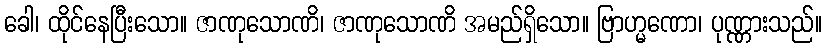
ခေါ၊ ထိုင်နေပြီးသော။ ဇာဏုသောဏိ၊ ဇာဏုသောဏိ အမည်ရှိသော။ ဗြာဟ္မဏော၊ ပုဏ္ဏားသည်။